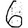
Digit: 6